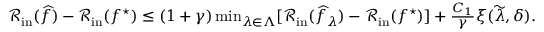
\begin{array} { r } { \mathcal { R } _ { \mathrm { i n } } ( \widehat { f } ) - \mathcal { R } _ { \mathrm { i n } } ( f ^ { \star } ) \leq ( 1 + \gamma ) \operatorname* { m i n } _ { \lambda \in \Lambda } [ \mathcal { R } _ { \mathrm { i n } } ( \widehat { f } _ { \lambda } ) - \mathcal { R } _ { \mathrm { i n } } ( f ^ { \star } ) ] + \frac { C _ { 1 } } { \gamma } \xi ( \widetilde { \lambda } , \delta ) . } \end{array}